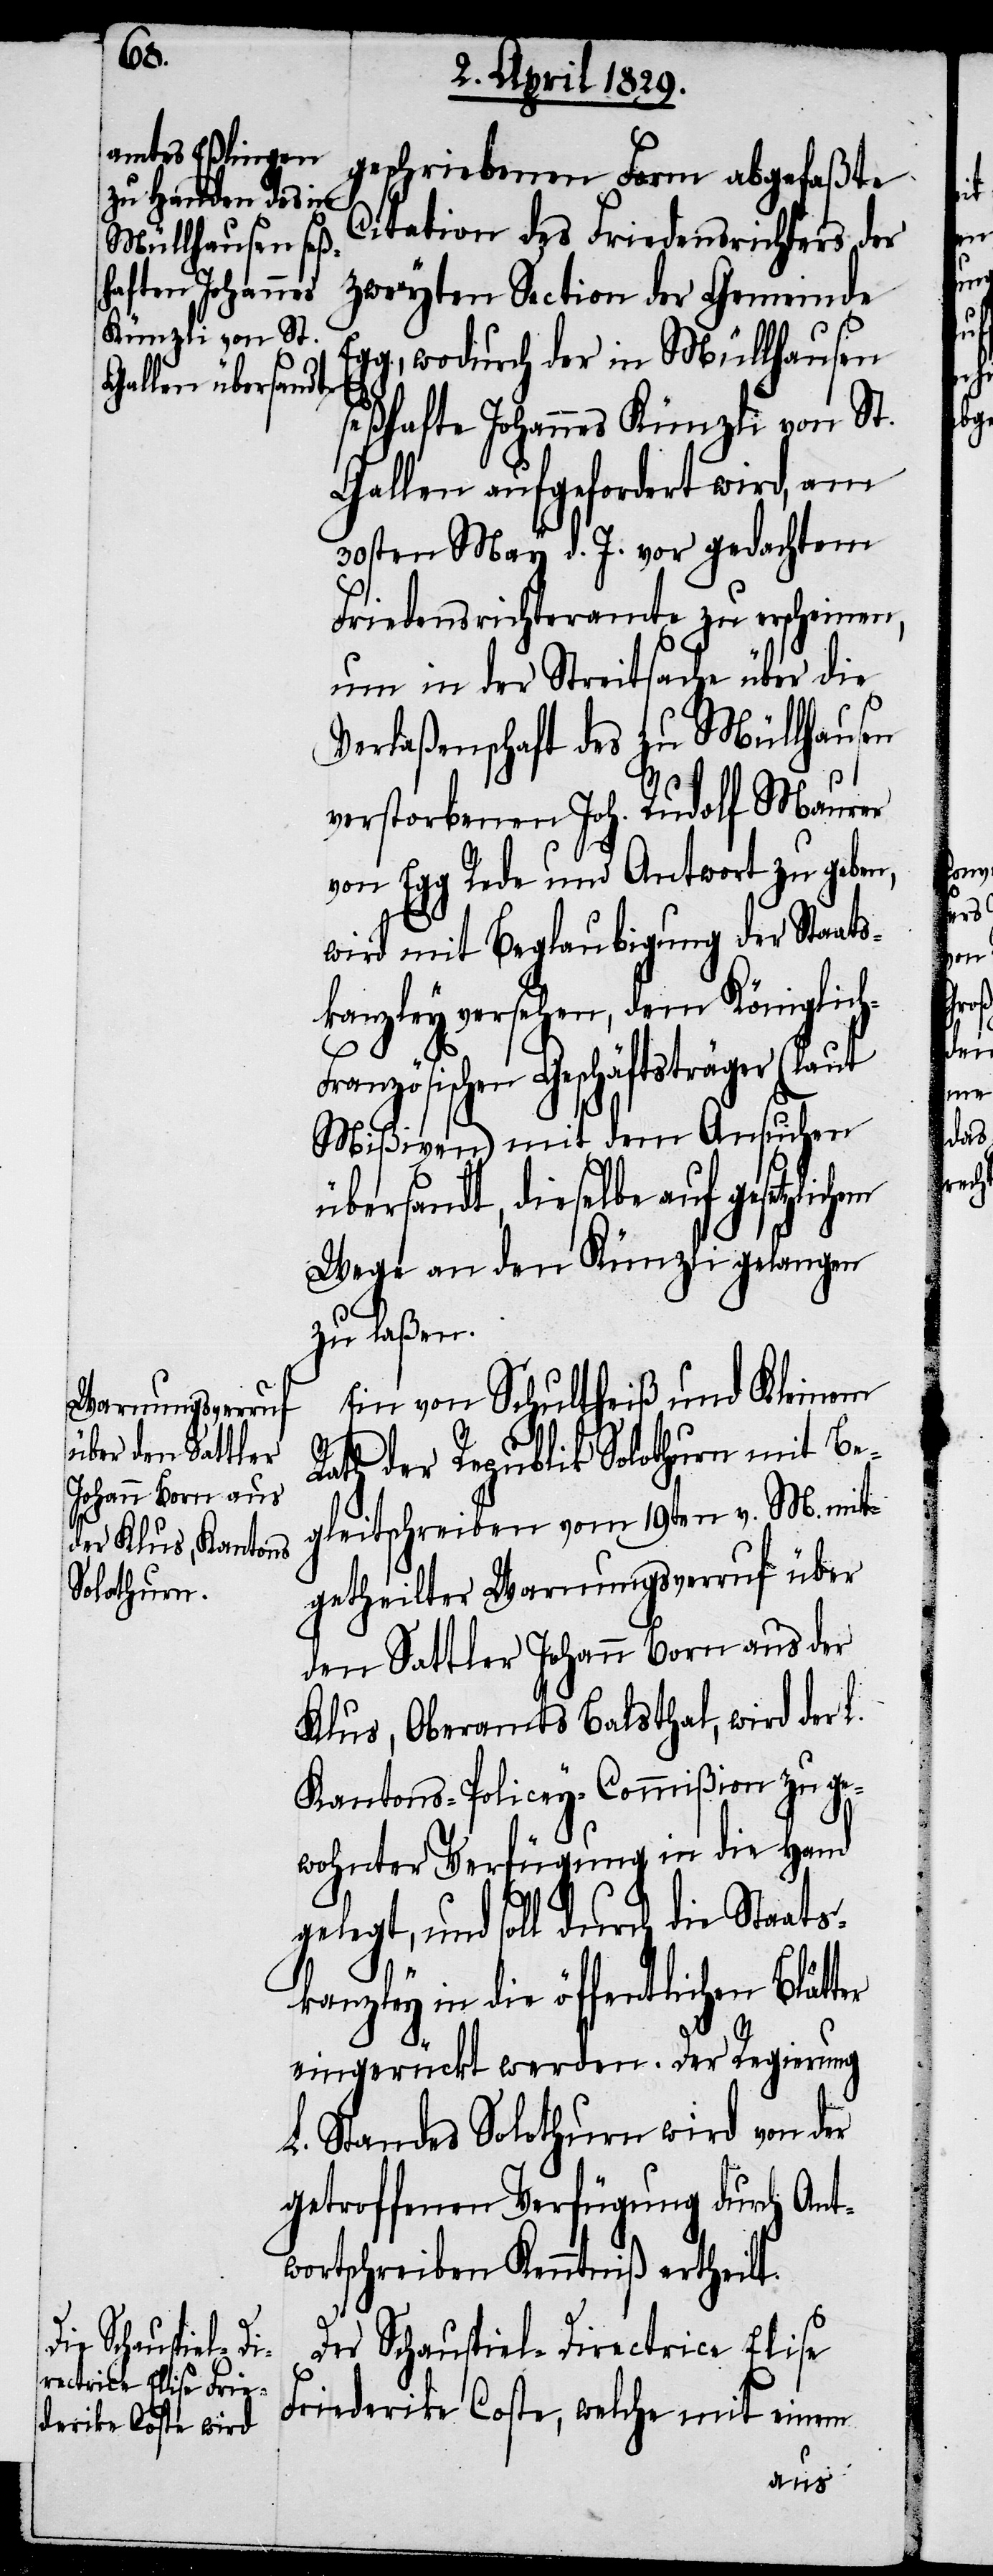
geschriebenen Form abgefaßten
Citation des Friedensrichters der
zweyten Section der Gemeinde
Egg, wodurch der in Müllhausen
seßhafte Johannes Künzli von St.
Gallen aufgefordert wird, am
30sten May d. J. vor gedachten
Friedensrichteramte zu erscheinen,
um in der Streitsache über die
Verlaßenschaft des zu Müllhausen
verstorbenen Joh. Rudolf Maurer
von Egg Rede und Antwort zu geben,
wird mit Beglaubigung der Staats¬
kanzley versehen, dem Königlic¬
ranzösischen Geschäftsträger (laut
Mißiven) mit dem Ansuchen
übersandt, dieselbe auf gesetzlich¬
Wege an den Künzli gelangen
zu laßen.
Ein von Schultheiß und Kleinen
Rath der Republik Solothurn mit Be¬
gleitschreiben vom 19ten v. M. mit¬
getheilter Warnungsverruf über
den Sattler Johann Born aus der
Klus, Oberamts Balsthal, wird der
Kantons-Policey-Commißion zu ge¬
wohnter Verfügung in die Hand
h-F¬
gelegt, und soll durch die Staats¬
kanzley in die öffentlichen Blätter
eingerückt werden. Der Regierung
L. Standes Solothurn wird von der
getroffenen Verfügung durch Ant¬
wortschreiben Kenntniß ertheilt.
Der Schauspiel-Directrice Elise
Friederike Coste, welche mit einem

em